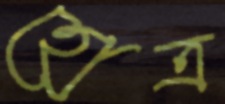
হোত্র